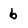
Character: b